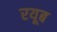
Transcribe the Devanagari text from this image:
रयूब